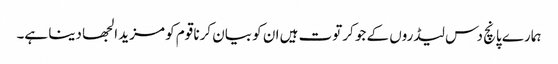
ہمارے پانچ دس لیڈروں کے جو کرتوت ہیں ان کو بیان کرنا قوم کو مزید الجھا دینا ہے۔